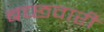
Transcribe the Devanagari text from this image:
बच्छवारी